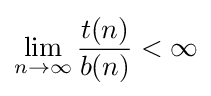
\lim _{n\rightarrow \infty }{\frac {t(n)}{b(n)}}<\infty